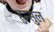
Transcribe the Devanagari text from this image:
हुन्सुल